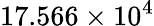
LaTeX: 17.566\times 10^{4}